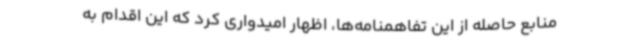
منابع حاصله از این تفاهمنامه‌ها، اظهار امیدواری کرد که این اقدام به